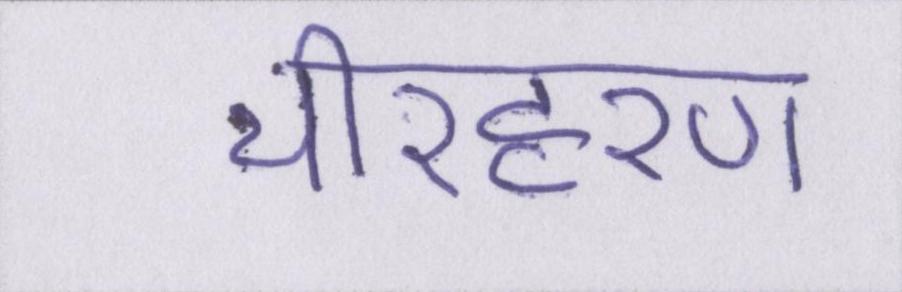
चीरहरण